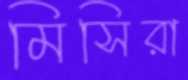
মিসিরা